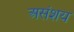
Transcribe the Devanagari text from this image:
असंशय